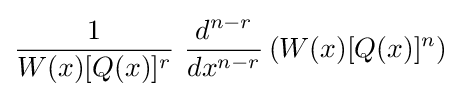
{\frac {1}{W(x)[Q(x)]^{r}}}\ {\frac {d^{n-r}}{dx^{n-r}}}\left(W(x)[Q(x)]^{n}\right)